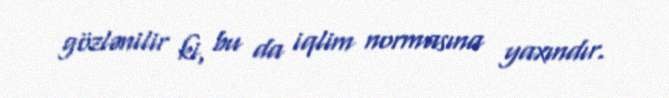
gözlənilir ki, bu da iqlim normasına yaxındır.